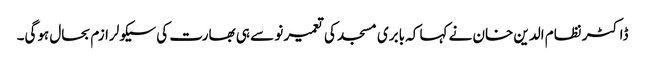
ڈاکٹر نظام الدین خان نے کہا کہ بابری مسجد کی تعمیر نو سے ہی بھارت کی سیکولرازم بحال ہوگی۔